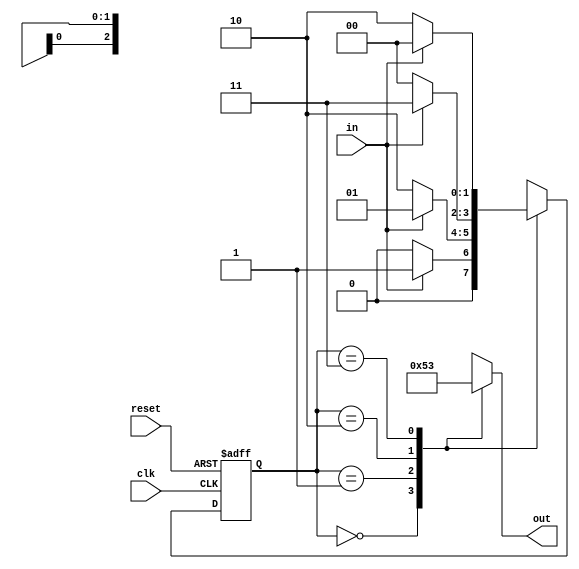
module fsm(clk, in, reset, out);

input clk, in, reset;
output [2:0] out;

reg [2:0] out;
reg [1:0] state;

parameter S0=0, S1=1, S2=2, S3=3, S4=4;

always @(state) 
	begin
		case (state)
               		S0:
                 	   	out = 3'b000;
              	 	S1:
               		     	out = 3'b001;
               		S2:
				out = 3'b010;
               		S3:
                    		out = 3'b011;
			S4:
				out = 3'b100;
               		default:
                    		out = 3'b000;
		endcase
	end

always@(posedge clk or posedge reset)
	begin
		if (reset)
			state = S0;
		else
			case (state)
				S0:
					if (in)
						state = S1;
					else
						state = S0;
				S1:
					if (in)
						state = S1;
					else
						state = S2;
				S2:
					if (in)
						state = S3;
					else
						state = S0;
				S3:
					if (in)
						state = S4;
					else
						state = S2;
				S4:
					if (in)
						state = S1;
					else
						state = S2;
			endcase
	end

endmodule